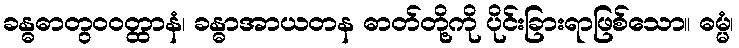
ခန္ဓဓာတွဝဝတ္ထာနံ၊ ခန္ဓာအာယတန ဓာတ်တို့ကို ပိုင်းခြားရာဖြစ်သော။ ဓမ္မံ၊